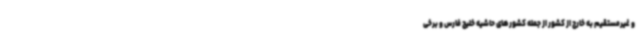
و غیرمستقیم به خارج از کشور از جمله کشورهای حاشیه خلیج فارس و برخی